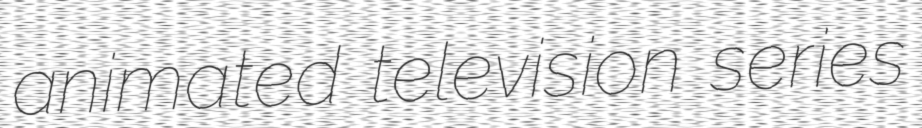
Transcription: animated television series